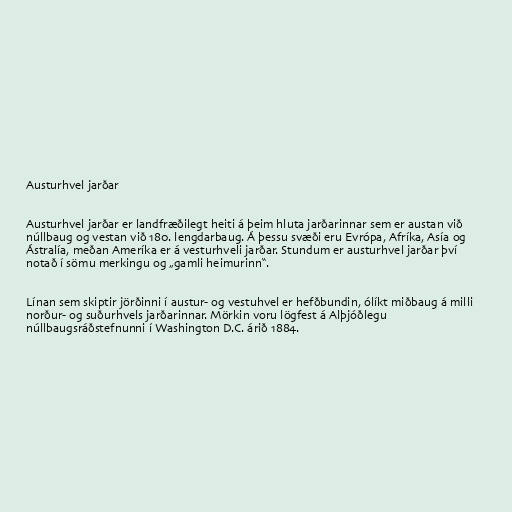
Austurhvel jarðar

Austurhvel jarðar er landfræðilegt heiti á þeim hluta jarðarinnar sem er austan við
núllbaug og vestan við 180. lengdarbaug. Á þessu svæði eru Evrópa, Afríka, Asía og
Ástralía, meðan Ameríka er á vesturhveli jarðar. Stundum er austurhvel jarðar því
notað í sömu merkingu og „gamli heimurinn“.

Línan sem skiptir jörðinni í austur- og vestuhvel er hefðbundin, ólíkt miðbaug á milli
norður- og suðurhvels jarðarinnar. Mörkin voru lögfest á Alþjóðlegu
núllbaugsráðstefnunni í Washington D.C. árið 1884.